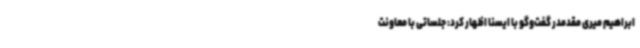
ابراهیم میری مقدمدر گفت‌وگو با ایسنا اظهار کرد: جلساتی با معاونت